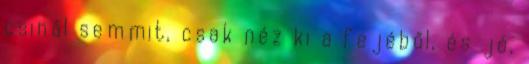
csinál semmit, csak néz ki a fejéből, és jó,